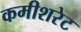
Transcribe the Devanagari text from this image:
कमीशरेट